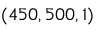
( 4 5 0 , 5 0 0 , 1 )